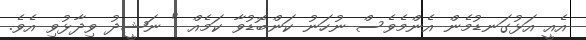
އެއީ އަޅުގަނޑުމެން އެންމެވެސް ނުހަނު ކަންބޮޑުވާ ކަމެއް " ނަޝީދު ވިދާޅުވި އެވެ.